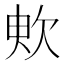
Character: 𣢧